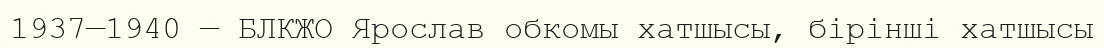
1937—1940 — БЛКЖО Ярослав обкомы хатшысы, бірінші хатшысы